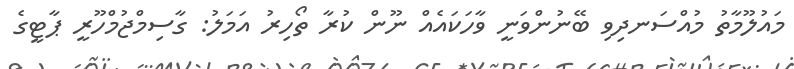
މައުލޫމާތު މުއްސަނދިވި ބޭނުންވަނީ ވާހަކައެއް ނޫން ކުރާ ތޯހިރު އަމަލު: ގާސިމްޖުމްހޫރީ ޕާޓީގެ